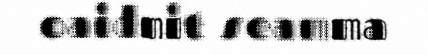
oaidnit seamma